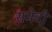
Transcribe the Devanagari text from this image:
समेदी